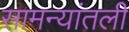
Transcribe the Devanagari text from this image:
सामन्यांतली